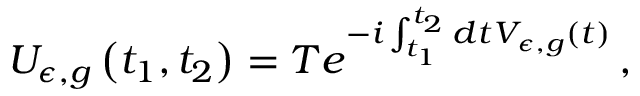
U _ { \epsilon , g } \left( t _ { 1 } , t _ { 2 } \right) = T e ^ { - i \int _ { t _ { 1 } } ^ { t _ { 2 } } d t V _ { \epsilon , g } ( t ) } \, ,